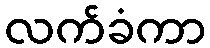
လက်ခံကာ